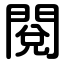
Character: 閱